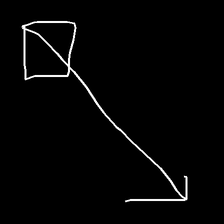
Glyph: focus